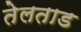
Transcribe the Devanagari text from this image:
तेलताड